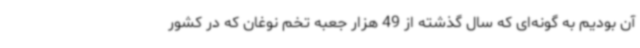
آن بودیم به گونه‌ای که سال گذشته از 49 هزار جعبه تخم نوغان که در کشور